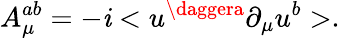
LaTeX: A_{\mu}^{ab}=-\mathit{i}<u^{\daggera}\partial_{\mu}u^{b}>.